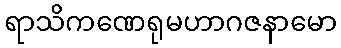
ရာသိကဏေရုမဟာဂဇနာမော